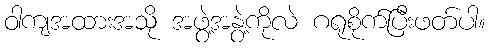
ဝါကျအထားအသို အဖွဲ့အနွဲ့ကိုလဲ ဂရုစိုက်ပြီးဖတ်ပါ။